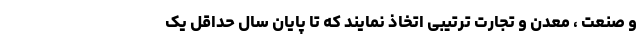
و صنعت ، معدن و تجارت ترتیبی اتخاذ نمایند که تا پایان سال حداقل یک